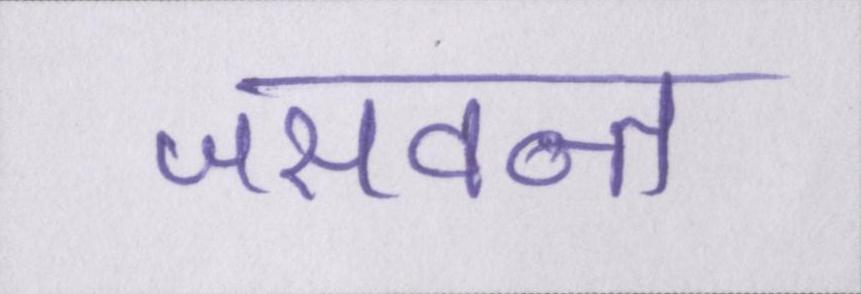
जसवन्त